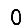
Digit: 0